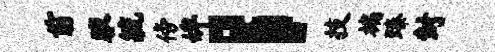
前腋毓傍婢；技褊臻封